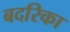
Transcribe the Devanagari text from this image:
बदरिका